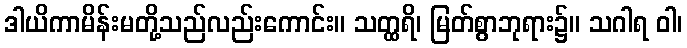
ဒါယိကာမိန်းမတို့သည်လည်းကောင်း။ သတ္ထရိ၊ မြတ်စွာဘုရား၌။ သဂါရ ဝါ၊